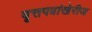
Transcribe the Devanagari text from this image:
वृत्तपत्रांखेरीज